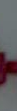
-